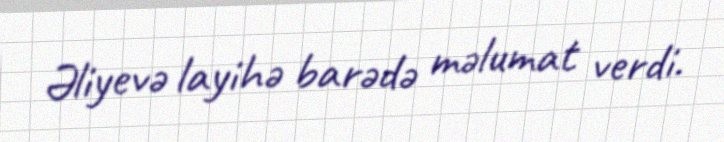
Əliyevə layihə barədə məlumat verdi.